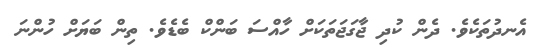
އެނދުތަކެވެ. ދެން ކުދި ޖާގަޖަތަކަށް ހާއްސަ ބަންކް ބެޑެވެ. ތިން ބަޔަށް ހުންނަ